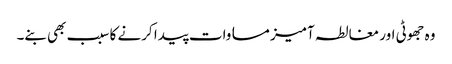
وہ جھوٹی اور مغالطہ آمیز مساوات پیدا کرنے کا سبب بھی بنے۔